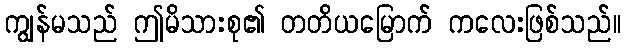
ကျွန်မသည် ဤမိသားစု၏ တတိယမြောက် ကလေးဖြစ်သည်။